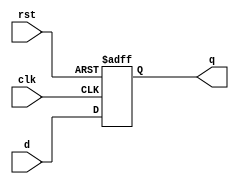
module flipflop (
    input wire clk,
    input wire rst,
    input wire d,
    output reg q
);

always @(posedge clk or posedge rst) begin
    if (rst) begin
        q <= 1'b0;
    end else begin
        q <= d;
    end
end

endmodule